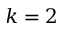
k = 2